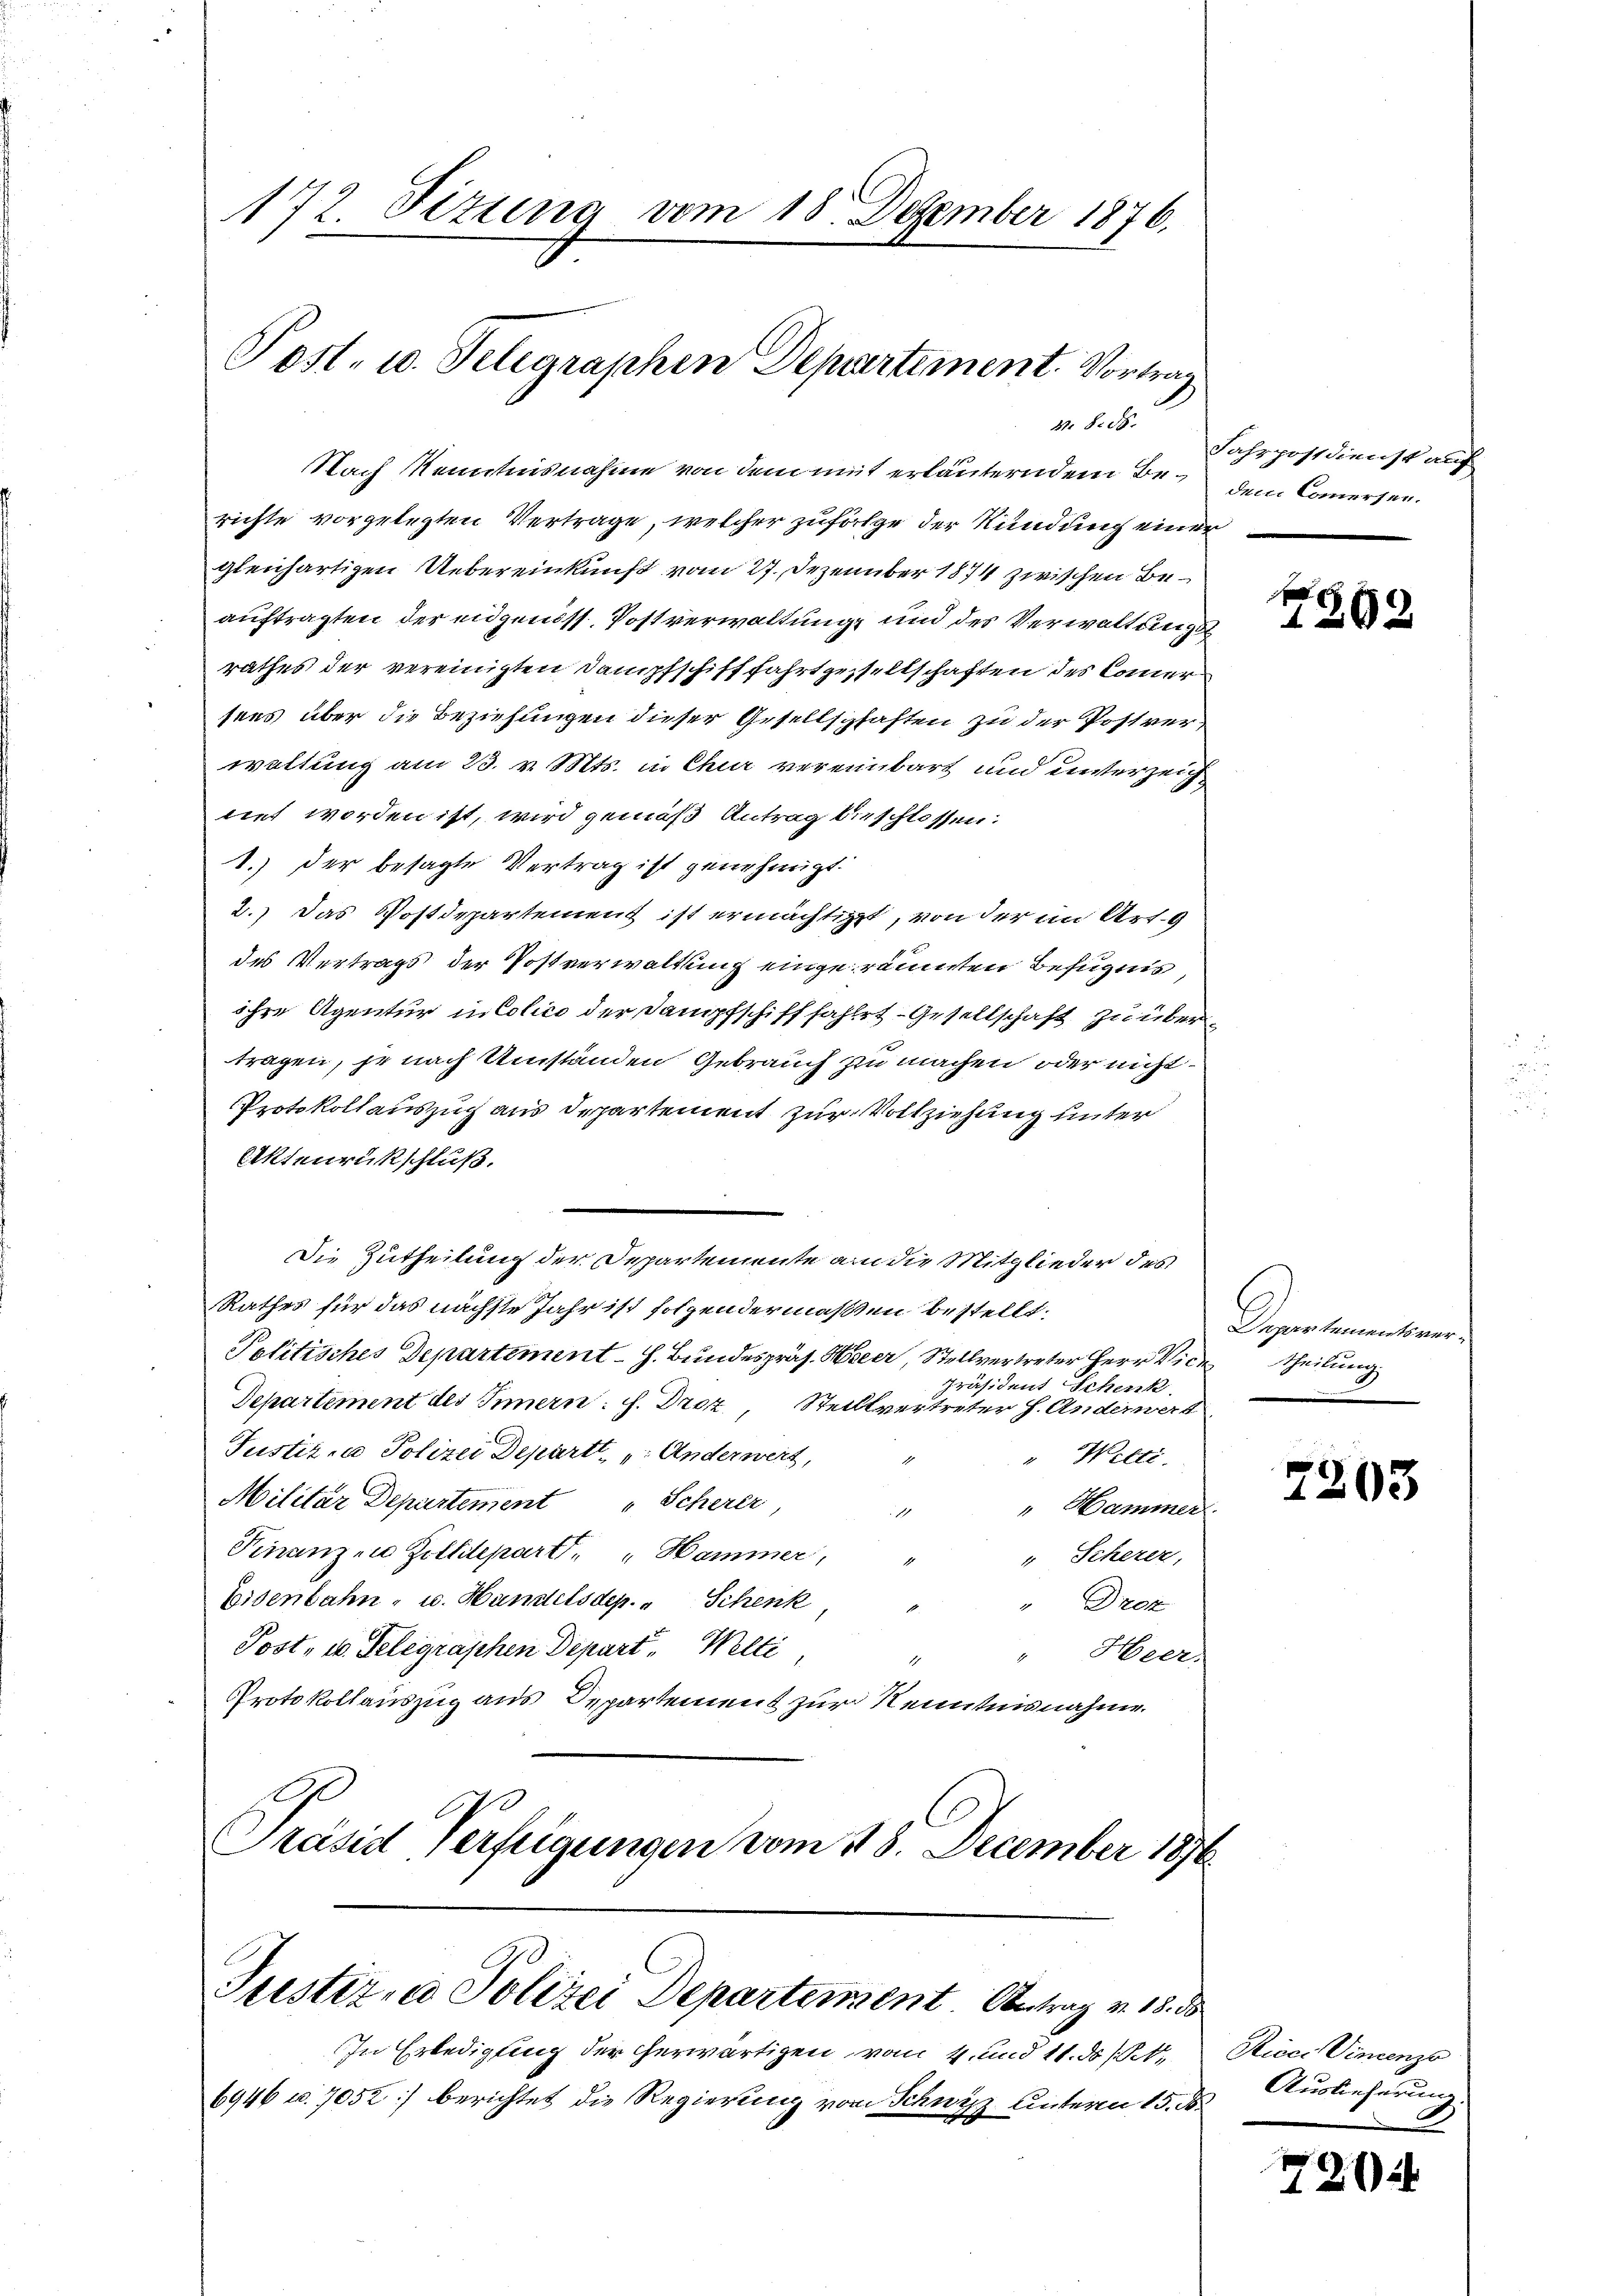
172. Fizung vom 18. Dezember 1876.

Post- u. Telegraphen Departement. Vortrag

M. §. 28.
Nach Kenntnisnahme von dem mit erläuterndem Berichte vorgelegten Vertrage, welcher zufolge der Kündung einer
gleichartigen Uebereinkunft vom 27. Dezember 1874 zwischen Beauftragten der eidgenöss. Postverwaltung und des Verwaltungs
rathes der vereinigten Dampfschifffahrtgesellschaften des Camer
sees über die Beziehungen dieser Gesellschaften zu der Postverwaltung am 23. v. Mts. in Chur vereinbart und unterzeigliet worden ist, wird gemäß Antrag beschlossen:
1.) der besagte Vertrag ist genehmigt.
2.) Das Postdepartement ist ermächtigt, von der in Art. 9
des Vertrags der Postverwaltung eingeräumten Befugnis
ihre Agentur in Colico der Dampfschifffahlet - Gesellschaft zu übertragen, je nach Umständen Gebrauch zu machen oder nicht
Protokollauszug aus Departement zur Vollziehung unter
Aktenrückschluß.
Die Zutheilung der Departemente an die Mitglieder des
Rathes für das nächste Jahr ist folgendermaßen bestellt:
Politisches Departement - h. Bundespräs. Heer, Stellvertreter Herr Vide
Präsident Schenk.
Departement des Innern: f. Droz. Stellvertreter h. Anderwert
Justizia Polizei Departt. Anderwert,
" Welti.
Militar Departement Scherer
"Hammer
Finanzen Zolldepart. " Hammer,
" Scherer,
Eisenbahn- u. Handelsdep. " Schenk,
"Drez
Post, u. Telegraphen Depart Welti
" Heer.
1
Protokollauszug aus Departement zur Kenntnisnahme.
x
Präsid Verfügungen vom 18. December 1876

Justiz- u Polizei Departement Antrag v. 18. ds

In Erledigung der erwärtigen vom 4. und 11. ds St. Ricci Vincenzo
6946 u. 7052) berichtet die Regierung vom Schwyz unterm 15. ds Auslieferung

Fahrpostdienst auf
dem Commersen.

120 x

Departementoner
Theilung

75

720.

03